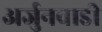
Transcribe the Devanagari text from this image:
अर्जुनवाडी